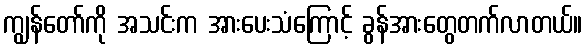
ကျွန်တော်ကို အသင်းက အားပေးသံကြောင့် ခွန်အားတွေတက်လာတယ်။